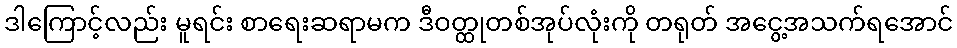
ဒါကြောင့်လည်း မူရင်း စာရေးဆရာမက ဒီဝတ္ထုတစ်အုပ်လုံးကို တရုတ် အငွေ့အသက်ရအောင်